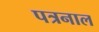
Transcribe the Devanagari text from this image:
पत्रनाल